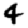
Digit: 4